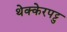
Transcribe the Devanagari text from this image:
थेक्केरपट्टु